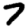
Digit: 7